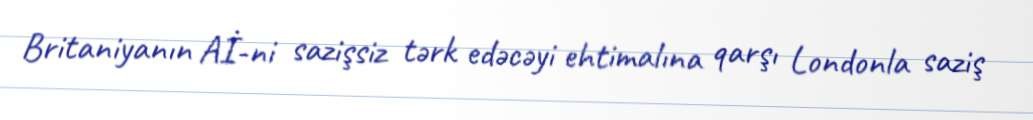
Britaniyanın Aİ-ni sazişsiz tərk edəcəyi ehtimalına qarşı Londonla saziş